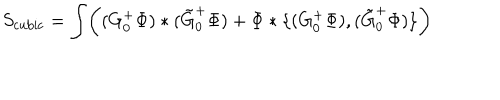
S _ { \mathrm { c u b i c } } = \int \biggl ( ( G _ { 0 } ^ { + } \Phi ) * ( \tilde { G } _ { 0 } ^ { + } \Phi ) + \Phi * \{ ( G _ { 0 } ^ { + } \Phi ) , ( \tilde { G } _ { 0 } ^ { + } \Phi ) \} \biggr )